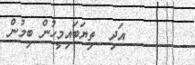
١٧      އަދި  ތިޔަބައިމީހުން ބިމުން